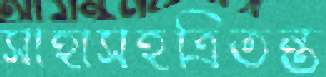
সাহাসহত্রিতন্ত